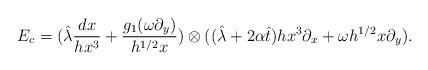
LaTeX: \begin{align*}E_c = (\hat{\lambda}\frac{dx}{hx^3} + \frac{g_1(\omega\partial_y)}{h^{1/2}x}) \otimes( (\hat{\lambda}+2\alpha\hat{t})hx^3\partial_x + \omega h^{1/2}x\partial_y).\end{align*}